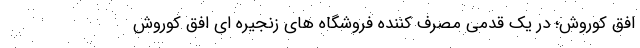
افق کوروش؛ در یک قدمی مصرف­ کننده فروشگاه های زنجیره ای افق کوروش